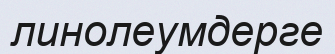
линолеумдерге